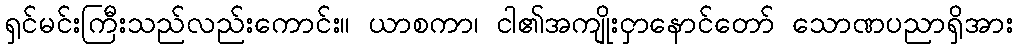
ရှင်မင်းကြီးသည်လည်းကောင်း။ ယာစကာ၊ ငါ၏အကျိုးငှာနောင်တော် သောဏပညာရှိအား